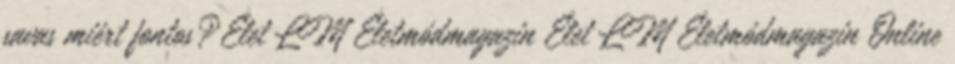
savas miért fontos?Élet LM Életmódmagazin Élet LM Életmódmagazin Online